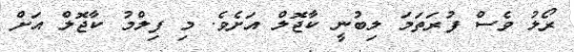
ރޯލު ވެސް ފުރަތަމަ ލިބުނީ ކާޖޮލް އަށެވެ. މި ފިލްމު ކާޖޮލް އަށް